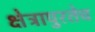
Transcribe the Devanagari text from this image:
क्षेत्रापुरतेच